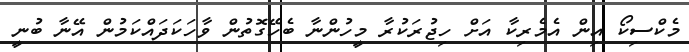
މެކްސިކޯ އިން އެމެރިކާ އަށް ހިޖުރަކުރާ މީހުންނާ ބެހޭގޮތުން ވާހަކަދައްކަމުން އޭނާ ބުނީ